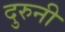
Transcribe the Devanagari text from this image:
दुरुनी